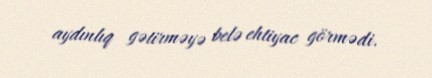
aydınlıq gətirməyə belə ehtiyac görmədi.